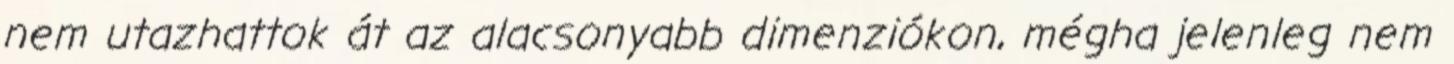
nem utazhattok át az alacsonyabb dimenziókon, mégha jelenleg nem